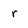
Character: r